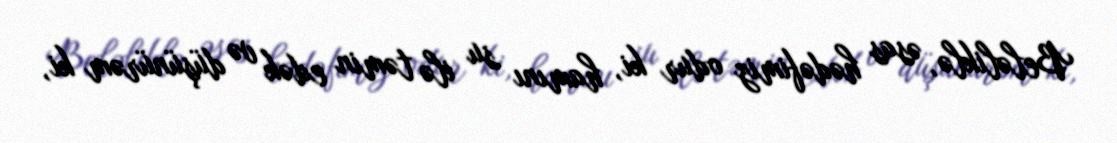
Beləliklə, əsas hədəfimiz odur ki, hamını su ilə təmin edək və düşünürəm ki,